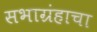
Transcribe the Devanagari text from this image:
सभाग्रंहाचा